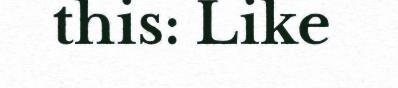
this: Like